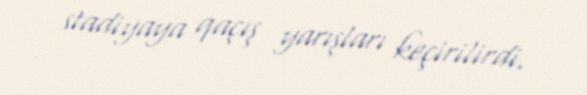
stadiyaya qaçış yarışları keçirilirdi.